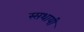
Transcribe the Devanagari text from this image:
स्सथायी